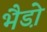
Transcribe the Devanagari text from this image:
भैडो़